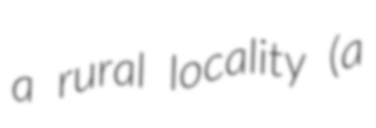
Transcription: a rural locality (a